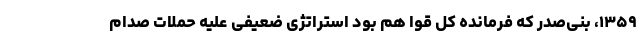
۱۳۵۹، بنی‌صدر که فرمانده کل قوا هم بود استراتژی ضعیفی علیه حملات صدام